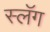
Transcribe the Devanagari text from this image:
स्लॅग